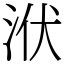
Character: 洑